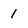
Character: 1